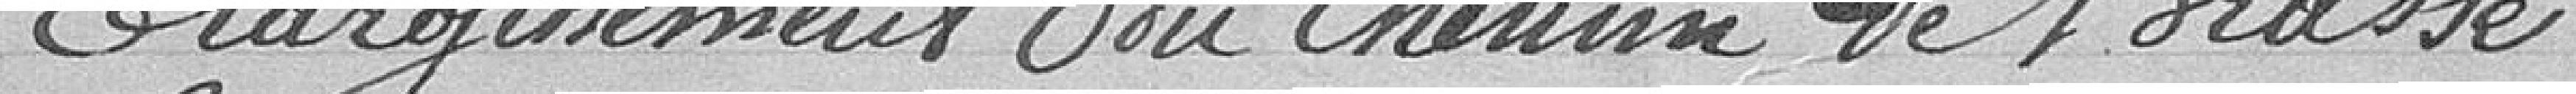
Elargissement du chemin de Brasse